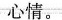
心情。